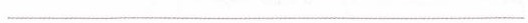
_____________________